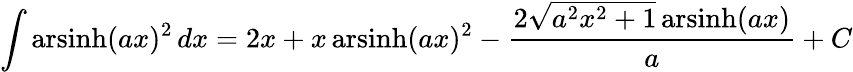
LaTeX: \int\operatorname{arsinh}(ax)^{2}\, dx=2x+x\operatorname{arsinh}(ax)^{2}-{\frac{2{\sqrt{a^{2}x^{2}+1}}\operatorname{arsinh}(ax)}{a}}+C